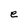
Character: e